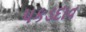
પકડદાવ